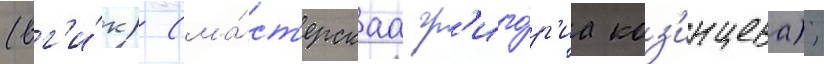
(вг'и́к) (ма́ст'ерскаа гр'иго́р'иа коз'инцева);